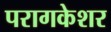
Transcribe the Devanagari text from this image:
परागकेशर